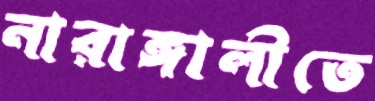
নারাঙ্গালীতে